Indian journal of veterinary science and animal husbandry - Volume 8,
Year: 1938
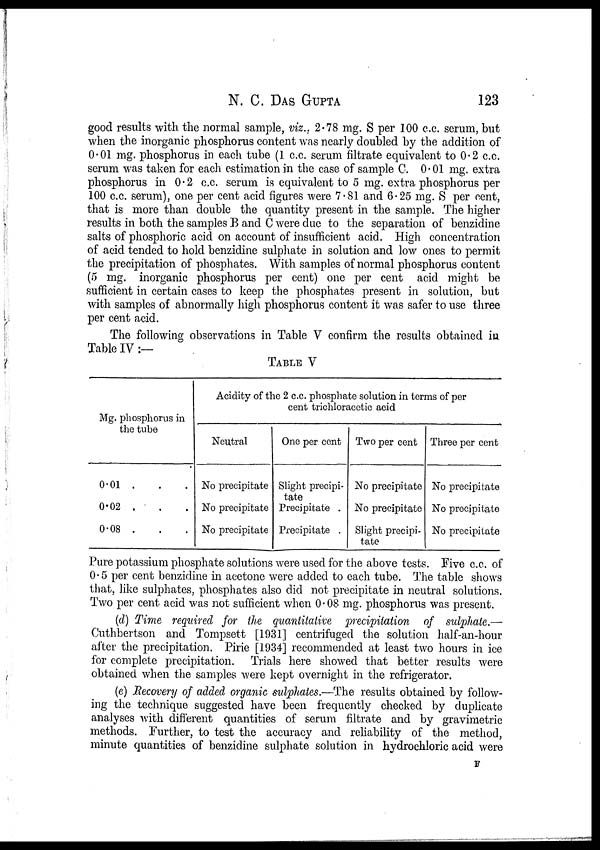
N. C.
DAS
GUPTA
123
good results with the normal sample, viz., 2.78 mg. S per 100 c.c. serum, but
when the inorganic phosphorus content was nearly doubled by the addition of
0.01 mg. phosphorus in each tube (1 c.c. serum filtrate equivalent to 0.2 c.c.
serum was taken for each estimation in the case of sample C. 0.01 mg. extra
phosphorus in 0.2 c.c. serum is equivalent to 5 mg. extra phosphorus per
100 c.c. serum), one per cent acid figures were 7.81 and 6.25 mg. S per cent,
that is more than double the quantity present in the sample. The higher
results in both the samples B and C were due to the separation of benzidine
salts of phosphoric acid on account of insufficient acid. High concentration
of acid tended to hold benzidine sulphate in solution and low ones to permit
the precipitation of phosphates. With samples of normal phosphorus content
(5 mg. inorganic phosphorus per cent) one per cent acid might be
sufficient in certain cases to keep the phosphates present in solution, but
with samples of abnormally high phosphorus content it was safer to use three
per cent acid.
The following observations in Table V confirm the results obtained in
Table IV :—
TABLE V
Mg. phosphorus in
the tube
0.01 . . .
0.02 . . .
0.08 . . .
Acidity of the 2 c.c. phosphate solution in terms of per
cent trichloracetic acid
Neutral
No precipitate
No precipitate
No precipitate
One per cent
Slight precipi-
tate
Precipitate .
Precipitate .
Two per cent
No precipitate
No precipitate
Slight precipi-
tate
Three per cent
No precipitate
No precipitate
No precipitate
Pure potassium phosphate solutions were used for the above tests. Five c.c. of
0.5 per cent benzidine in acetone were added to each tube. The table shows
that, like sulphates, phosphates also did not precipitate in neutral solutions.
Two per cent acid was not sufficient when 0.08 mg. phosphorus was present.
(d) Time required for the quantitative precipitation of sulphate.—
Cuthbertson and Tompsett [1931] centrifuged the solution half-an-hour
after the precipitation. Pirie [1934] recommended at least two hours in ice
for complete precipitation. Trials here showed that better results were
obtained when the samples were kept overnight in the refrigerator.
(e) Recovery of added organic sulphates.—The results obtained by follow-
ing the technique suggested have been frequently checked by duplicate
analyses with different quantities of serum filtrate and by gravimetric
methods. Further, to test the accuracy and reliability of the method,
minute quantities of benzidine sulphate solution in hydrochloric acid were
F